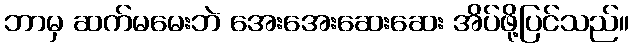
ဘာမှ ဆက်မမေးဘဲ အေးအေးဆေးဆေး အိပ်ဖို့ပြင်သည်။